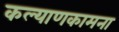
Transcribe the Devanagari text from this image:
कल्याणकामना